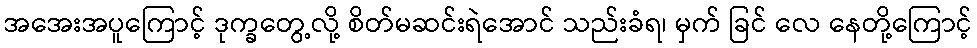
အအေးအပူကြောင့် ဒုက္ခတွေ့လို့ စိတ်မဆင်းရဲအောင် သည်းခံရ၊ မှက် ခြင် လေ နေတို့ကြောင့်